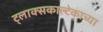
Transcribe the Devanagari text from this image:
ट्लाक्सकाल्टेकाच्या